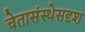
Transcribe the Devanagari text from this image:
चेतासंस्थेसदृश